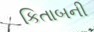
કિતાબની